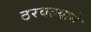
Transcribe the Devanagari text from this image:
ठरवल्याने